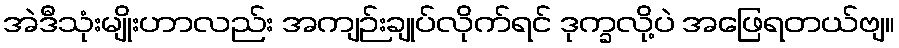
အဲဒီသုံးမျိုးဟာလည်း အကျဉ်းချုပ်လိုက်ရင် ဒုက္ခလို့ပဲ အဖြေရတယ်ဗျ။